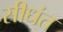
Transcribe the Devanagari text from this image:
सीधंत